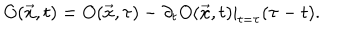
LaTeX: O ( \vec { x } , t ) = O ( \vec { x } , \tau ) - \partial _ { t } O ( \vec { x } , t ) | _ { t = \tau } ( \tau - t ) .